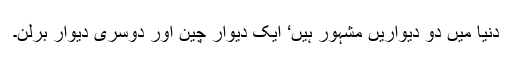
دنیا میں دو دیواریں مشہور ہیں‘ ایک دیوارِ چین اور دوسری دیوارِ برلن۔